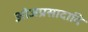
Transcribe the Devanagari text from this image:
ओजप्रसादादि